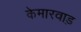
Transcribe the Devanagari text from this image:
केमारवाड़